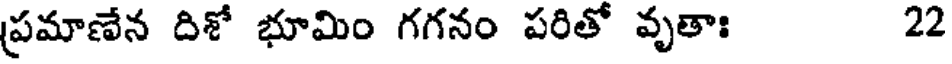
ప్రమాణేన దిశో భూమిం గగనం పరితో వృతాః 22